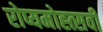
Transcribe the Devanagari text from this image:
रोप्यमोह्त्सवी